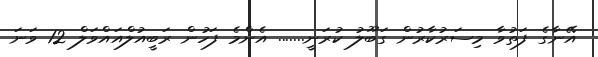
އޭނާގެ ފަތުވާ މިސަރުކާރުން ގަބޫލު ކުރަނީ....... އެންމެ ފަހުން ރަބީއުލްއައްވަލް 12 ވަނަ